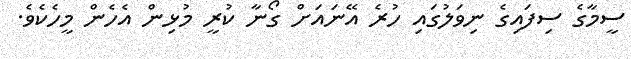
ސީމާގެ ސިފައިގެ ނިވަލުގައި ހުރެ އޭނައަށް ގޯނާ ކުރީ މުޅިން އެހެން މީހެކެވެ.